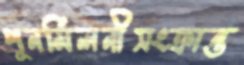
পুনর্মিলনীসংক্রান্ত